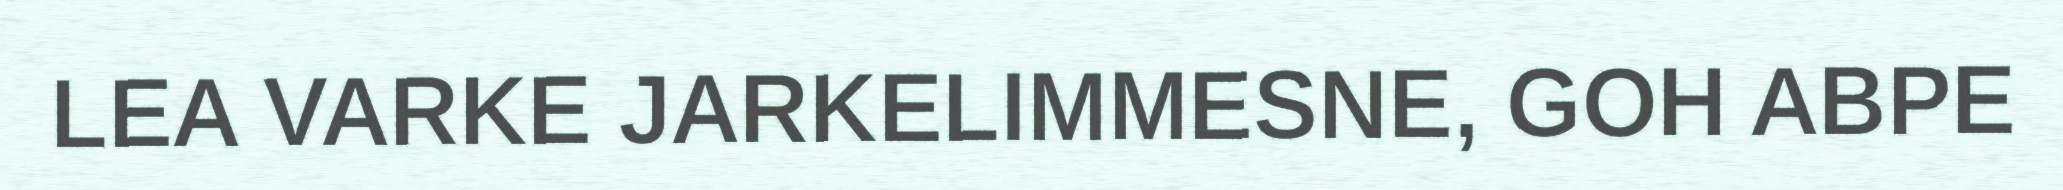
LEA VARKE JARKELIMMESNE, GOH ABPE